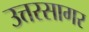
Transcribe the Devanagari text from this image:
उत्तरसागर